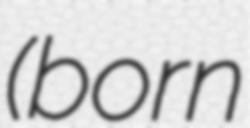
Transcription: (born